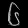
Digit: ၆